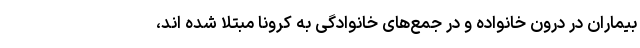
بیماران در درون خانواده و در جمع‌های خانوادگی به کرونا مبتلا شده اند،